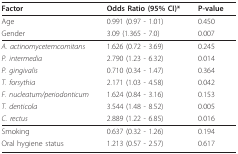
<table><thead><tr><td><b>Factor</b></td><td><b>Odds Ratio (95% CI)*</b></td><td><b>P-value</b></td></tr></thead><tbody><tr><td>Age</td><td>0.991 (0.97 - 1.01)</td><td>0.450</td></tr><tr><td>Gender</td><td>3.09 (1.365 - 7.0)</td><td>0.007</td></tr><tr><td><i>A. actinomycetemcomitans</i></td><td>1.626 (0.72 - 3.69)</td><td>0.245</td></tr><tr><td><i>P. intermedia</i></td><td>2.790 (1.23 - 6.32)</td><td>0.014</td></tr><tr><td><i>P. gingivalis</i></td><td>0.710 (0.34 - 1.47)</td><td>0.364</td></tr><tr><td><i>T. forsythia</i></td><td>2.171 (1.03 - 4.58)</td><td>0.042</td></tr><tr><td><i>F. nucleatum/periodonticum</i></td><td>1.624 (0.84 - 3.16)</td><td>0.153</td></tr><tr><td><i>T. denticola</i></td><td>3.544 (1.48 - 8.52)</td><td>0.005</td></tr><tr><td><i>C. rectus</i></td><td>2.889 (1.22 - 6.85)</td><td>0.016</td></tr><tr><td>Smoking</td><td>0.637 (0.32 - 1.26)</td><td>0.194</td></tr><tr><td>Oral hygiene status</td><td>1.213 (0.57 - 2.57)</td><td>0.617</td></tr></tbody></table>